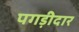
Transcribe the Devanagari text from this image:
पगड़ीदार